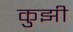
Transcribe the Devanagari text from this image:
कुझी